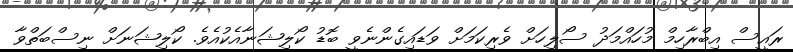
ރައީސް އިބްރާހިމް މުހައްމަދު ސޯލިހަށް ވެރިކަމަށް ވަޑައިގެންނެވީ ބޮޑު ކޯލިޝަނާއެކުއެވެ. ކޯލިޝަނަށް ނިސްބަތްވާ